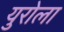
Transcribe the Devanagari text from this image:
युरोला